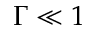
\Gamma \ll 1